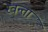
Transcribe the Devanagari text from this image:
रेवन्ता